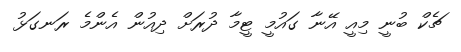
ޗެކް ބުނީ މިއީ އޭނާ ގައުމީ ޓީމާ ދުރަށް ދިއުން އެންމެ ރަނގަޅު